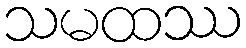
သမထဿ